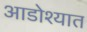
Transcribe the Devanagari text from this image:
आडोश्यात